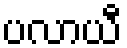
ပလာယီ